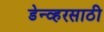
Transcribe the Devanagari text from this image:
डेन्व्हरसाठी